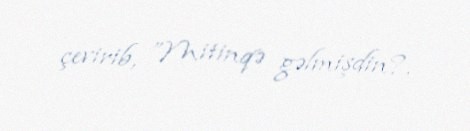
çevirib, ”Mitinqə gəlmişdin?.